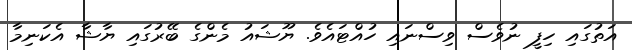
އަތުގައި ހިފީ ނުވެސް ވިސްނައި ހުއްޓައެވެ. ޔޫޝައު މެންގެ ބޭރުގައި ޔާޝާ އެކަނިމާ